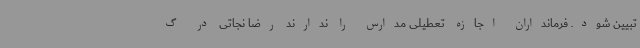
تبیین شود. فرمانداران اجازه تعطیلی مدارس را ندارند رضا نجاتی در گ